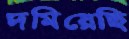
দমিয়েছি